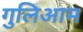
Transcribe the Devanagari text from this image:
गुलिआम